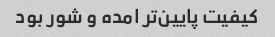
کیفیت پایین‌تر امده و شور بود